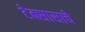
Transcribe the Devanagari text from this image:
टेक्सासाचे